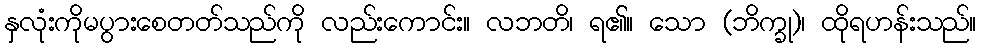
နှလုံးကိုမပွားစေတတ်သည်ကို လည်းကောင်း။ လဘတိ၊ ရ၏။ သော (ဘိက္ခု)၊ ထိုရဟန်းသည်။